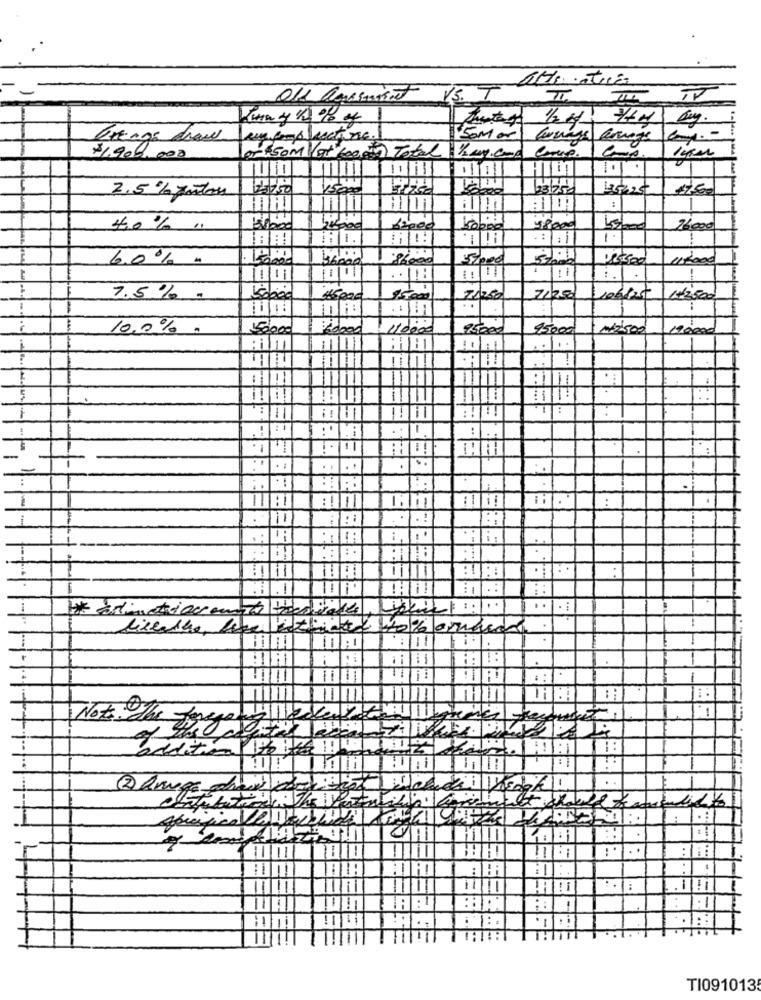
13. T
Bringe draw
Som or
$1.900.000
or $50m gt 600,0 5) Total 1/2kg.comp
1490L
11/11/
135325
2.5% yourton
111
alm
:
4,0% "
48000
26000
: 1.1
-
6.0% "
117000
-
: . 1
7.5%
#5000
71250
+2,500
10.0%
150000
Vidbad
15000
45000
12.500
190000
5
E
:
..
-
: !
:
.1
licenthe welithink to barnase
Not The
110
Pédition
1-
constitution The Parent's brugt should a
. .
11/11
-
TI0910135